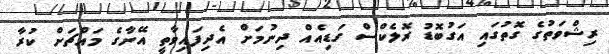
ރިޝްވަތުގެ ގޮތުގައި އަގުބޮޑު ރޮލެކްސް ގަޑިއެއް ދިނުމަށް އެދިފައިވާތީ އޭނާގެ މައްޗަށް ކުރާ